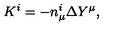
K ^ { i } = - n _ { \mu } ^ { i } \Delta Y ^ { \mu } ,